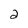
Character: 2